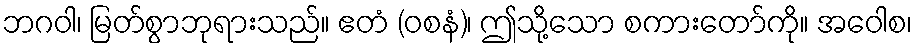
ဘဂဝါ၊ မြတ်စွာဘုရားသည်။ ဧတံ (ဝစနံ)၊ ဤသို့သော စကားတော်ကို။ အဝေါစ၊